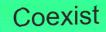
Coexist